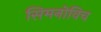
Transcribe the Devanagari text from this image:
सिमनोविच